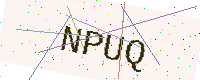
Text: NPUQ